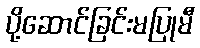
ပို့ဆောင်ခြင်းမပြုမီ